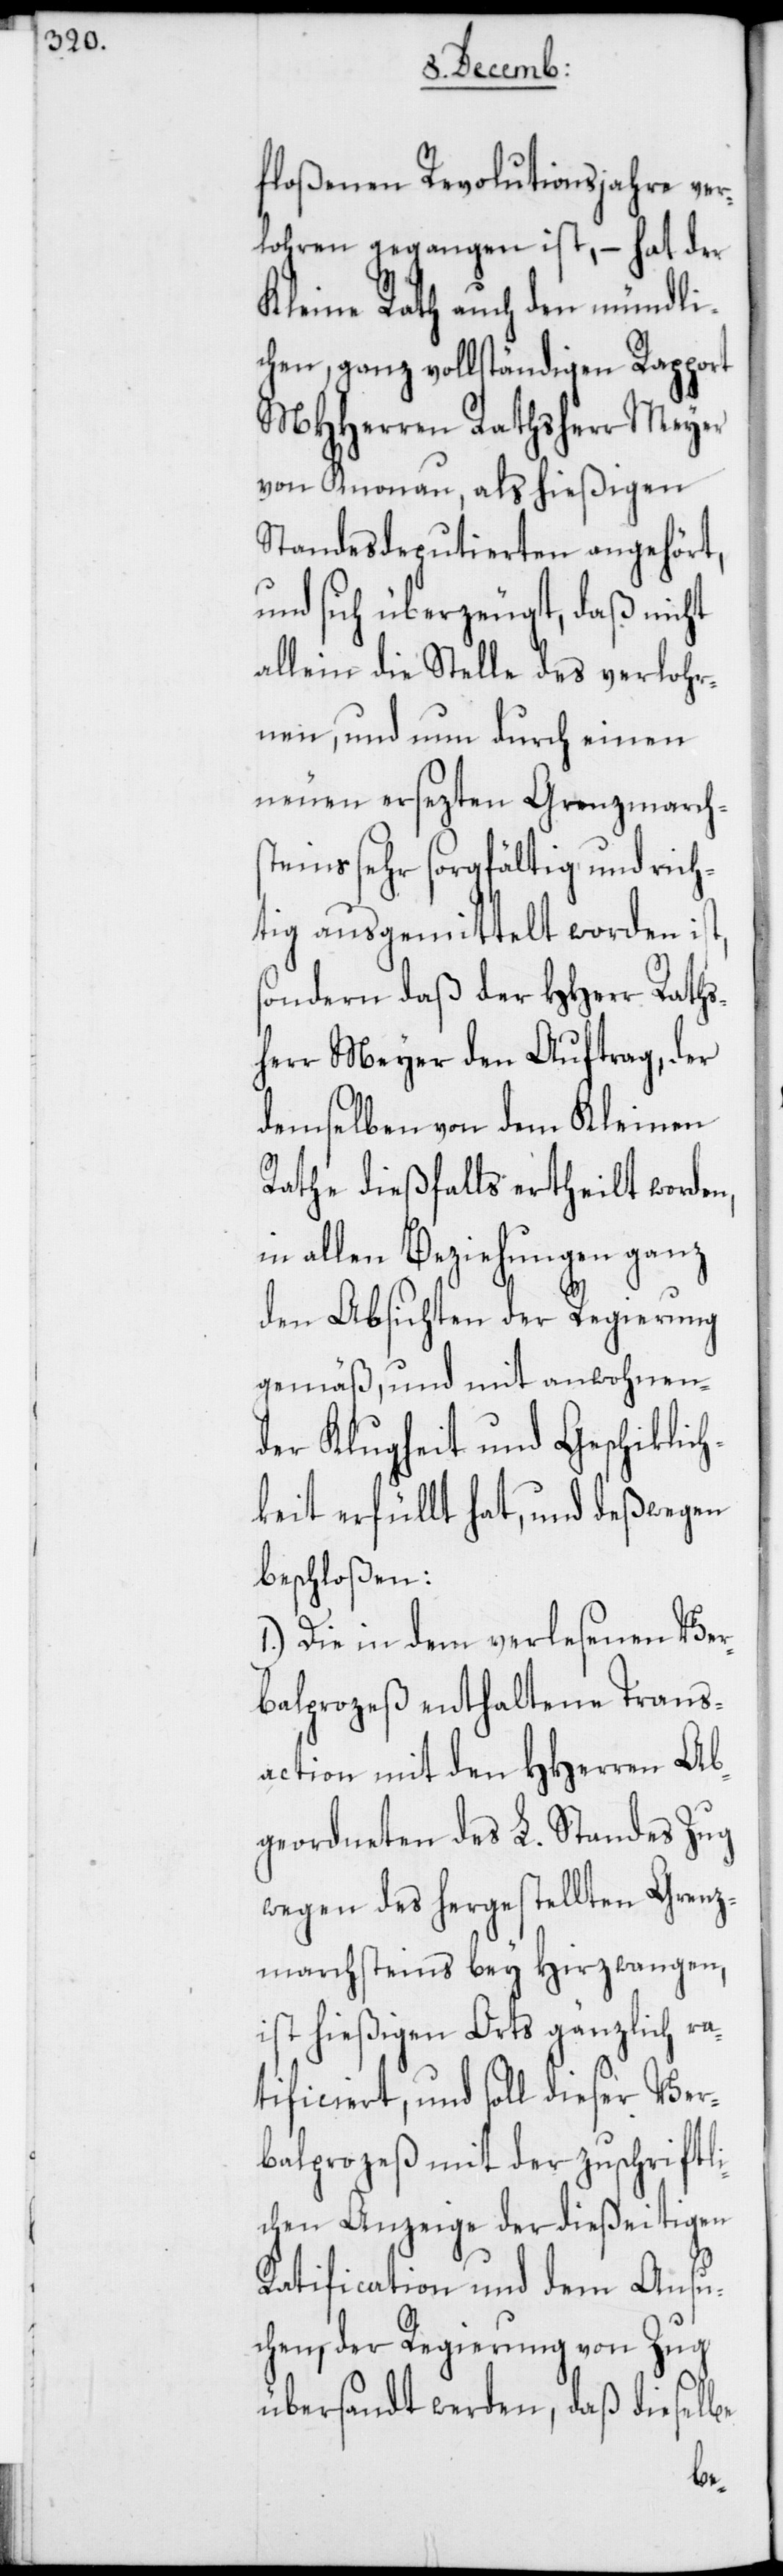
floßenen Revolutionsjahre ver¬
lohren gegangen ist, – hat der
Kleine Rath auch den mündli¬
chen, ganz vollständigen Rapport
MHHerren Rathsherr Meyer
von Knonau, als hießigen
Standesdeputierten angehört,
und sich überzeugt, daß nicht
allein die Stelle des verlohr¬
nen, und nun durch einen
neuen ersezten Grenzmarchs¬
teins sehr sorgfältig und rich¬
tig ausgemittelt worden ist,
sondern daß der HHerr Raths¬
herr Meyer den Auftrag, der
demselben von dem Kleinen
Rathe dießfalls ertheilt worden,
in allen Beziehungen ganz
den Absichten der Regierung
gemäß, und mit anwohnen¬
der Klugheit und Geschiklich¬
keit erfüllt hat, und deßwegen
beschloßen:
1.) Die in dem verlesenen Ver¬
balprozeß enthaltene Trans¬
action mit den HHerren Ab¬
geordneten des L. Standes Zug
wegen des hergestellten Grenz¬
marchsteins bey Hirzwangen,
ist hießigen Orts gänzlich ra¬
tificiert, und soll dieser Ver¬
balprozeß mit der zuschriftl¬
ichen Anzeige der dießeitigen
Ratification und dem Ansu¬
chen, der Regierung von Zug
übersandt werden, daß dieselbe